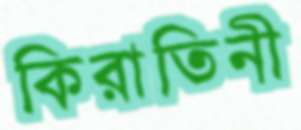
কিরাতিনী